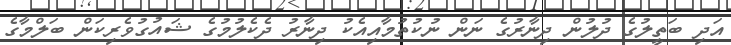
އަދި ބަތީލުގެ ދުލުން ދިނާރުގެ ނަން ނުކުތުމާއިއެކު ދިނާރު ދެކެލުމުގެ ޝައުގުވެރިކަން ބަލްމާގެ